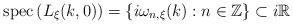
LaTeX: \begin{align*}{\rm spec}\left(L_\xi(k,0)\right)=\left\{i\omega_{n,\xi}(k):n\in\mathbb{Z}\right\}\subset i\mathbb{R}\end{align*}